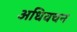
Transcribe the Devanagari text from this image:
अधिवचन